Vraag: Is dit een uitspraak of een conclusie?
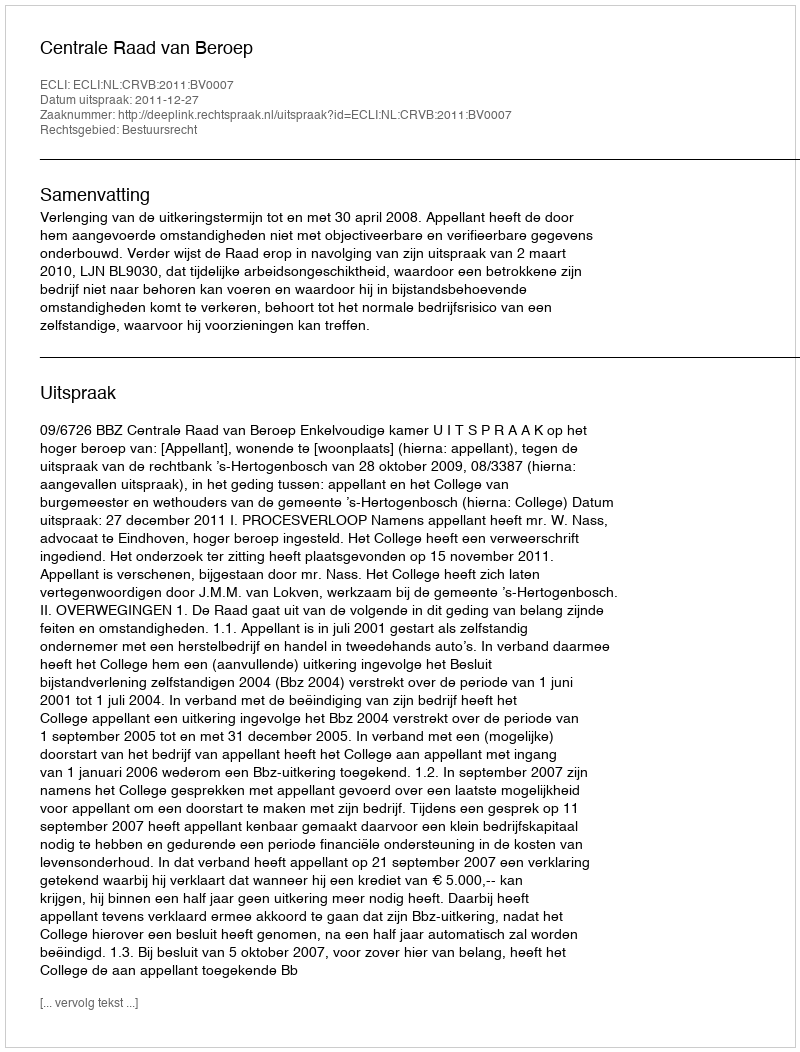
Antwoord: Uitspraak